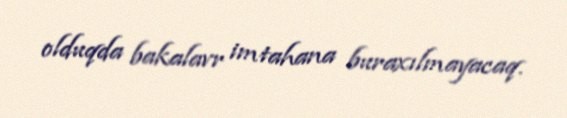
olduqda bakalavr imtahana buraxılmayacaq.